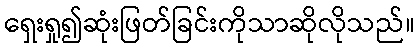
ရှေးရှု၍ဆုံးဖြတ်ခြင်းကိုသာဆိုလိုသည်။